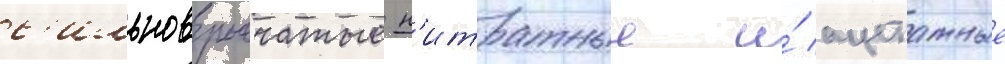
с'ильновзрывчатые н'итратные и́ ацетатные